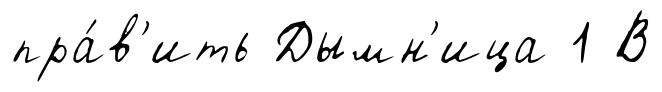
пра́в'ить Дымн'ица 1 В